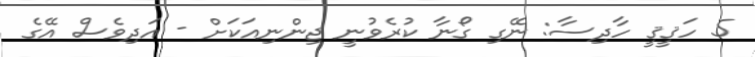
5 ހަޤީޤީ ހާދިސާ: ނޭގި ގޯނާ ކުރެވުނީ ޖިންނިއަކަށް - އަދިވެސް އޭގެ